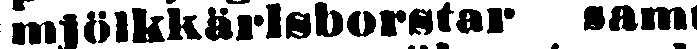
mjölkkärlsborstar samt